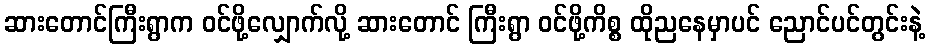
ဆားတောင်ကြီးရွာက ဝင်ဖို့လျှောက်လို့ ဆားတောင် ကြီးရွာ ဝင်ဖို့ကိစ္စ ထိုညနေမှာပင် ညောင်ပင်တွင်းနဲ့